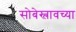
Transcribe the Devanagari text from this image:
सोबेस्लावच्या